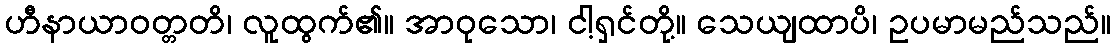
ဟီနာယာဝတ္တတိ၊ လူထွက်၏။ အာဝုသော၊ ငါ့ရှင်တို့။ သေယျထာပိ၊ ဥပမာမည်သည်။